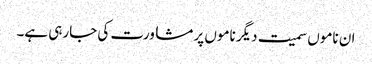
ان ناموں سمیت دیگر ناموں پر مشاورت کی جارہی ہے۔